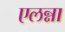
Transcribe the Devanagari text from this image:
एलन्ना